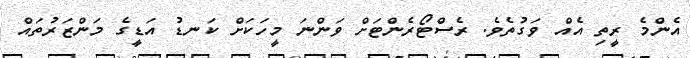
އެންމެ ރީތި އެއް ވަގުތެވެ. ރެސްޓޯރެންޓަށް ވަންނަ މީހަކަށް ކަނޑު އަޑީގެ މަންޒަރުތައް